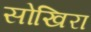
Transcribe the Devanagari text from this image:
सोखिरा